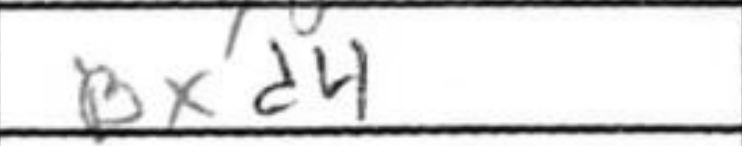
Transcription: Bxd4